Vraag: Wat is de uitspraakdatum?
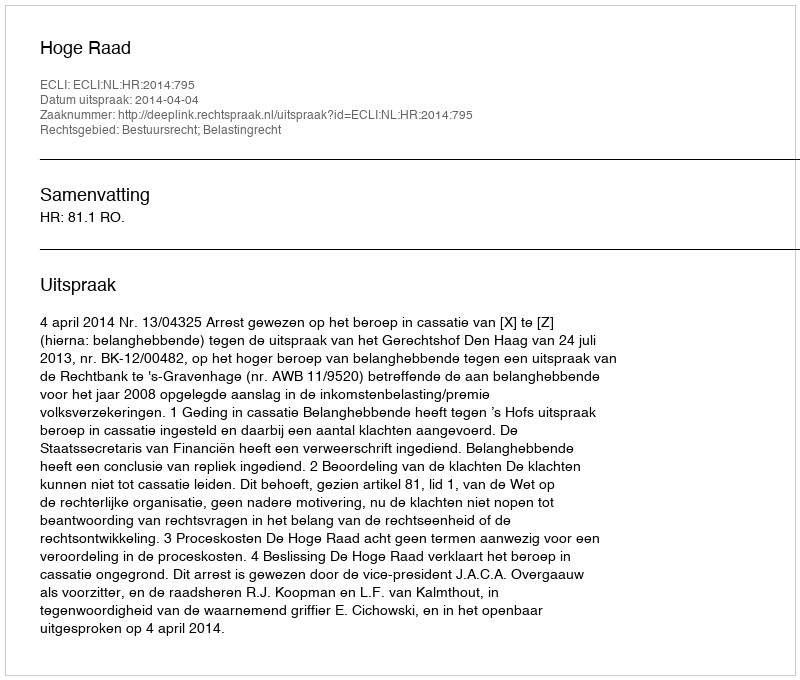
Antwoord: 2014-04-04